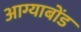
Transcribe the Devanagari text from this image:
आग्याबोंड